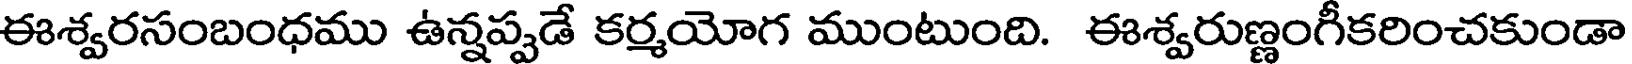
ఈశ్వరసంబంధము ఉన్నప్పడే కర్మయోగ ముంటుంది. ఈశ్వరుణ్ణంగీకరించకుండా